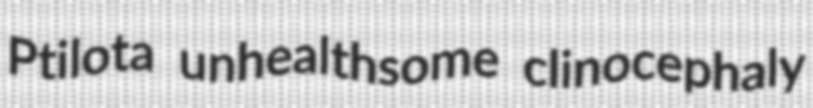
Ptilota unhealthsome clinocephaly